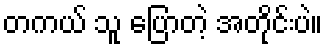
တကယ် သူ ပြောတဲ့ အတိုင်းပဲ။